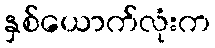
နှစ်ယောက်လုံးက